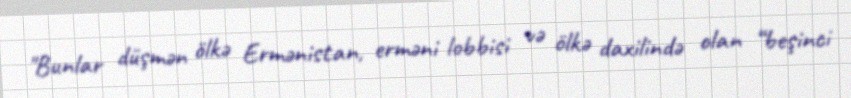
"Bunlar düşmən ölkə Ermənistan, erməni lobbisi və ölkə daxilində olan “beşinci